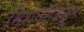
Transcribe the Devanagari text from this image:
मिशनरींकडून